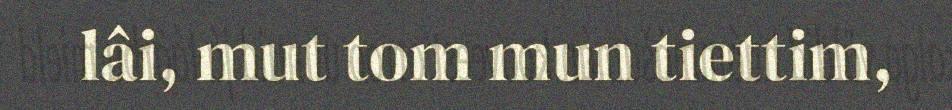
lâi, mut tom mun tiettim,